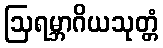
ဩရမ္ဘာဂိယသုတ္တံ